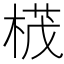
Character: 𣕚